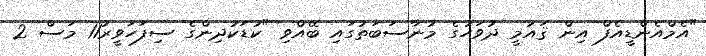
"އެމްއެންޑީއެފް އިން ޤައުމީ ދުވަހުގެ މުނާސަބަތުގައި ބޭއްވި "ކުޑަކުދިންގެ ސިފަހަވީރު11 މަސް 2